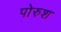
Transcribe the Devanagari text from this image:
पोरुश